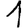
Digit: 1